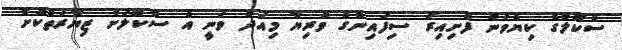
ސްކޫލުގެ ކިޔެވުން ފެށިއިރު ސިފައިންގެ ވެރިޔާ މިއަދު ވަނީ އެ ސްކޫލަށް ޒިޔާރަތްކޮށް